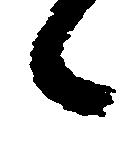
候